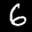
Label: 6